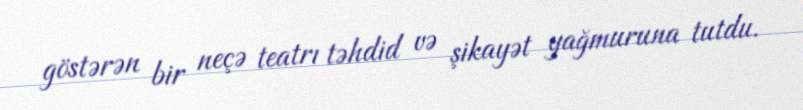
göstərən bir neçə teatrı təhdid və şikayət yağmuruna tutdu.